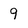
Character: 9